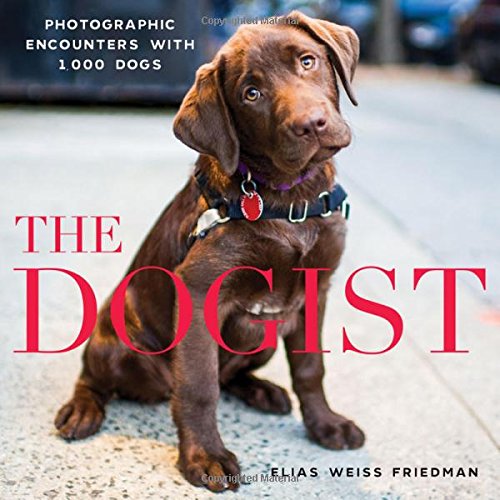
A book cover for The Dogist: Photographic Encounters with 1,000 Dogs; Elias Weiss Friedman; Crafts, Hobbies & Home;